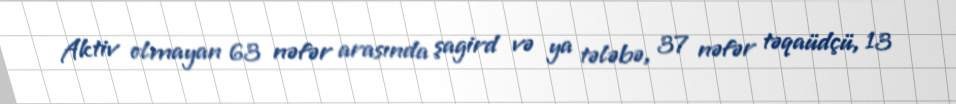
Aktiv olmayan 63 nəfər arasında şagird və ya tələbə, 37 nəfər təqaüdçü, 13